Civil Veterinary Department. Madras. Admin. report 1926-33 - 1926-1933
Year: 1926
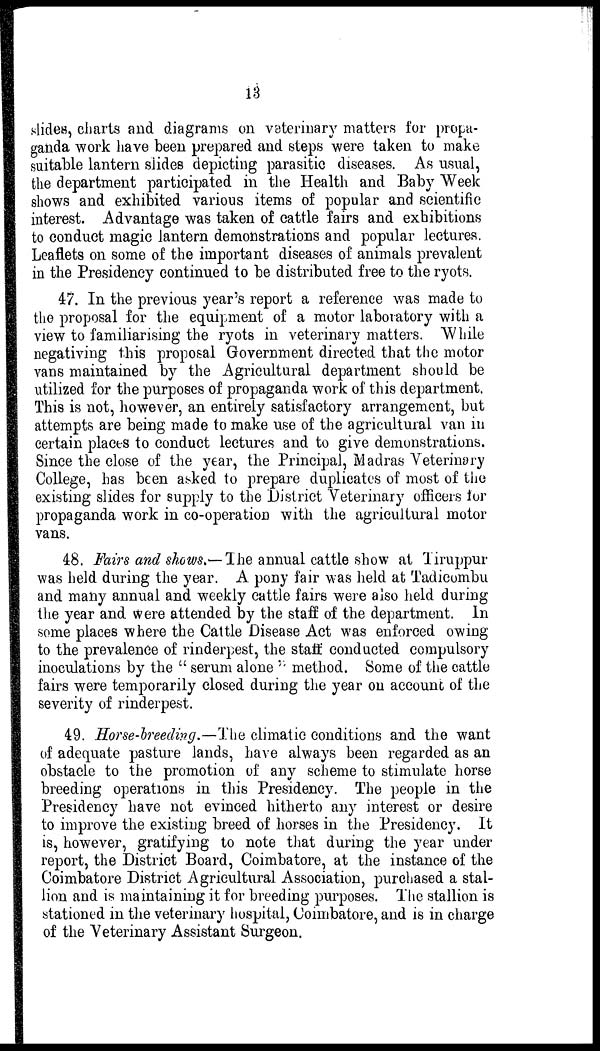
13
slides, charts and diagrams on vaterinary matters for propa-
ganda work have been prepared and steps were taken to make
suitable lantern slides depicting parasitic diseases. As usual,
the department participated in the Health and Baby Week
shows and exhibited various items of popular and scientific
interest. Advantage was taken of cattle fairs and exhibitions
to conduct magic lantern demonstrations and popular lectures.
Leaflets on some of the important diseases of animals prevalent
in the Presidency continued to be distributed free to the ryots.
47. In the previous year's report a reference was made to
the proposal for the equipment of a motor laboratory with a
view to familiarising the ryots in veterinary matters. While
negativing this proposal Government directed that the motor
vans maintained by the Agricultural department should be
utilized for the purposes of propaganda work of this department.
This is not, however, an entirely satisfactory arrangement, but
attempts are being made to make use of the agricultural van in
certain places to conduct lectures and to give demonstrations.
Since the close of the year, the Principal, Madras Veterinary
College, has been asked to prepare duplicates of most of the
existing slides for supply to the District Veterinary officers for
propaganda work in co-operation with the agricultural motor
vans.
48. Fairs and shows.—The annual cattle show at Tiruppur
was held during the year. A pony fair was held at Tadicombu
and many annual and weekly cattle fairs were also held during
the year and were attended by the staff of the department. In
some places where the Cattle Disease Act was enforced owing
to the prevalence of rinderpest, the stall: conducted compulsory
inoculations by the "serum alone" method. Some of the cattle
fairs were temporarily closed during the year on account of the
severity of rinderpest.
49. Horse-breeding.—The climatic conditions and the want
of adequate pasture lands, have always been regarded as an
obstacle to the promotion of any scheme to stimulate horse
breeding operations in this Presidency. The people in the
Presidency have not evinced hitherto any interest or desire
to improve the existing breed of horses in the Presidency. It
is, however, gratifying to note that during the year under
report, the District Board, Coimbatore, at the instance of the
Coimbatore District Agricultural Association, purchased a stal-
lion and is maintaining it for breeding purposes. The stallion is
stationed in the veterinary hospital, Coimbatore, and is in charge
of the Veterinary Assistant Surgeon.